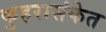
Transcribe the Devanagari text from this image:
कुहरासंकेत